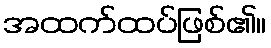
အထက်ထပ်ဖြစ်၏။